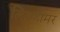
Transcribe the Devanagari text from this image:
लिलहामर